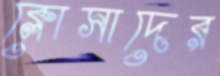
ক্লোসাদের